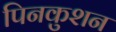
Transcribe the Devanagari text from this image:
पिनकुशन